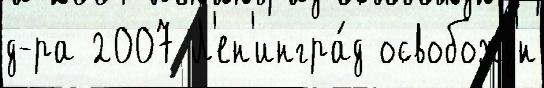
д-ра 2007 Л'ен'ингра́д освобожд'́н